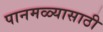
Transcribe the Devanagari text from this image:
पानमळ्यासाठी